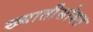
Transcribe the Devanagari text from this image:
ख्यातीसोबत